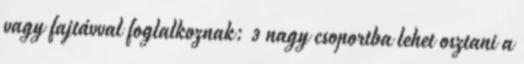
vagy fajtávval foglalkoznak: 3 nagy csoportba lehet osztani a